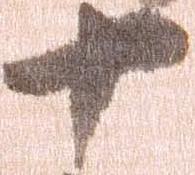
十